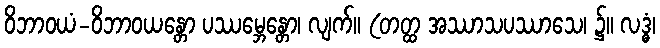
ဝိဘာဝယံ-ဝိဘာဝယန္တော ပဿမ္ဘေန္တော၊ လျက်။ (တတ္ထ အဿာသပဿာသေ၊ ၌။ လဒ္ဓံ၊